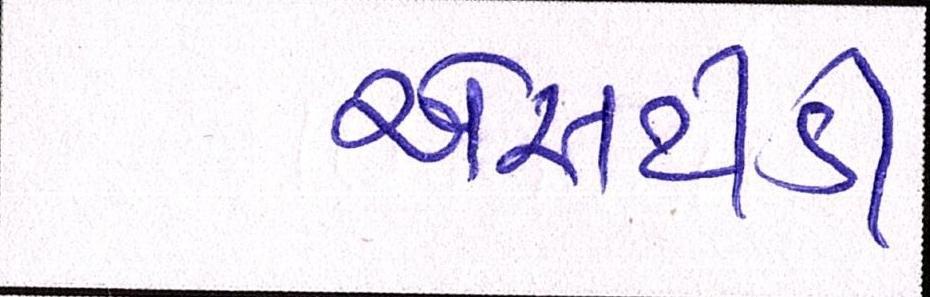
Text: એસટીડી